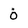
Character: 0